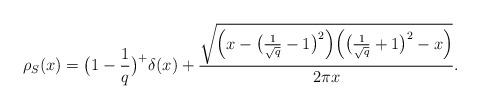
LaTeX: \begin{align*} \rho_S(x) = \big( 1 - \frac{1}{q} \big)^+ \delta(x) + \frac{\sqrt{\Big(x - \big( \frac{1}{\sqrt{q}}-1 \big)^2\Big)\Big( \big(\frac{1}{\sqrt{q}} + 1\big)^2 -x \Big) }}{2 \pi x}. \end{align*}